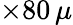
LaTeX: \times 80\, \mu